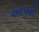
અાપશો